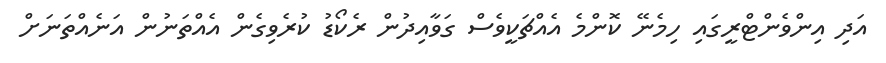
އަދި އިންވެންޓްރީގައި ހިމެނޭ ކޮންމެ އެއްޗަކީވެސް ގަވާއިދުން ރެކޯޑު ކުރެވިގެން އެއްތަނުން އަނެއްތަނަށް